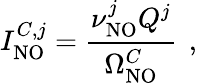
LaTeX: I_{\mathrm{NO}}^{C,j}=\frac{\nu_{\mathrm{NO}}^{j}Q^{j}}{\Omega_{\mathrm{NO}}^{C}}\, \mathrm{~,~}